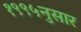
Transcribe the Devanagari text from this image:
१९९५नुसार